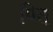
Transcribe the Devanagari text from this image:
पित्